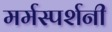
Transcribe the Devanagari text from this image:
मर्मस्पर्शनी